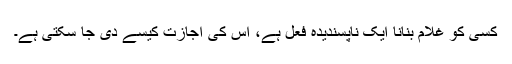
کسی کو غلام بنانا ایک ناپسندیدہ فعل ہے، اس کی اجازت کیسے دی جا سکتی ہے۔